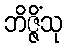
ဘိဇ္ဇိံသု